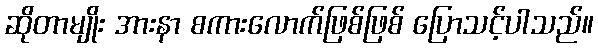
ဆိုတာမျိုး အားနာ စကားလောက်ဖြစ်ဖြစ် ပြောသင့်ပါသည်။